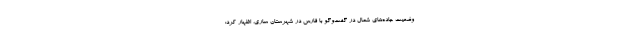
وضعیت جاده‌های شمال در گفت‌وگو با فارس در شهرستان ساری، اظهار کرد: